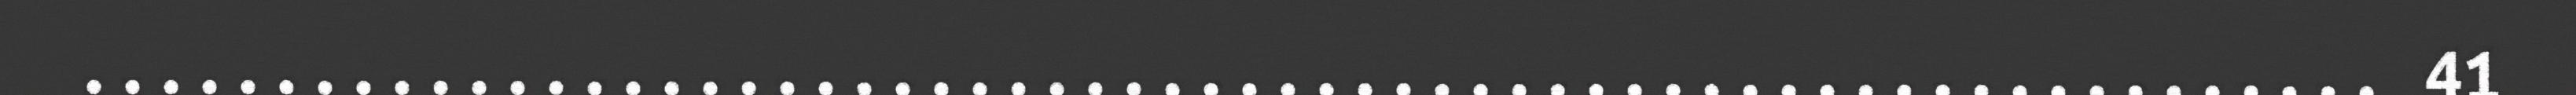
............................................................ 41